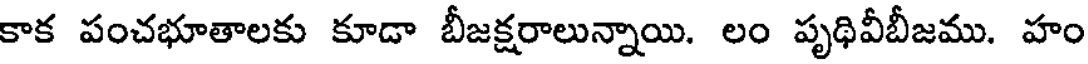
కాక పంచభూతాలకు కూడా బీజక్షరాలున్నాయి. లం పృథివీబీజము. హం